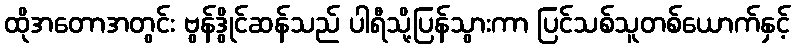
ထိုအတောအတွင်း ဗွန်ဒွိုင်ဆန်သည် ပါရီသို့ပြန်သွားကာ ပြင်သစ်သူတစ်ယောက်နှင့်